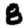
Digit: 8